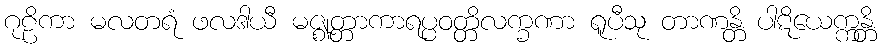
ဂုဠိကာ မလတရံ ဖလဒါယီ မဇ္ဈတ္တာကာရပ္ပဝတ္တိလက္ခဏာ ရူပီသု တာဏန္တိ ပါဋိယေက္ကန္တိ